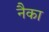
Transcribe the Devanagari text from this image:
नैका